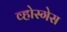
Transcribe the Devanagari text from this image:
व्होस्गेस